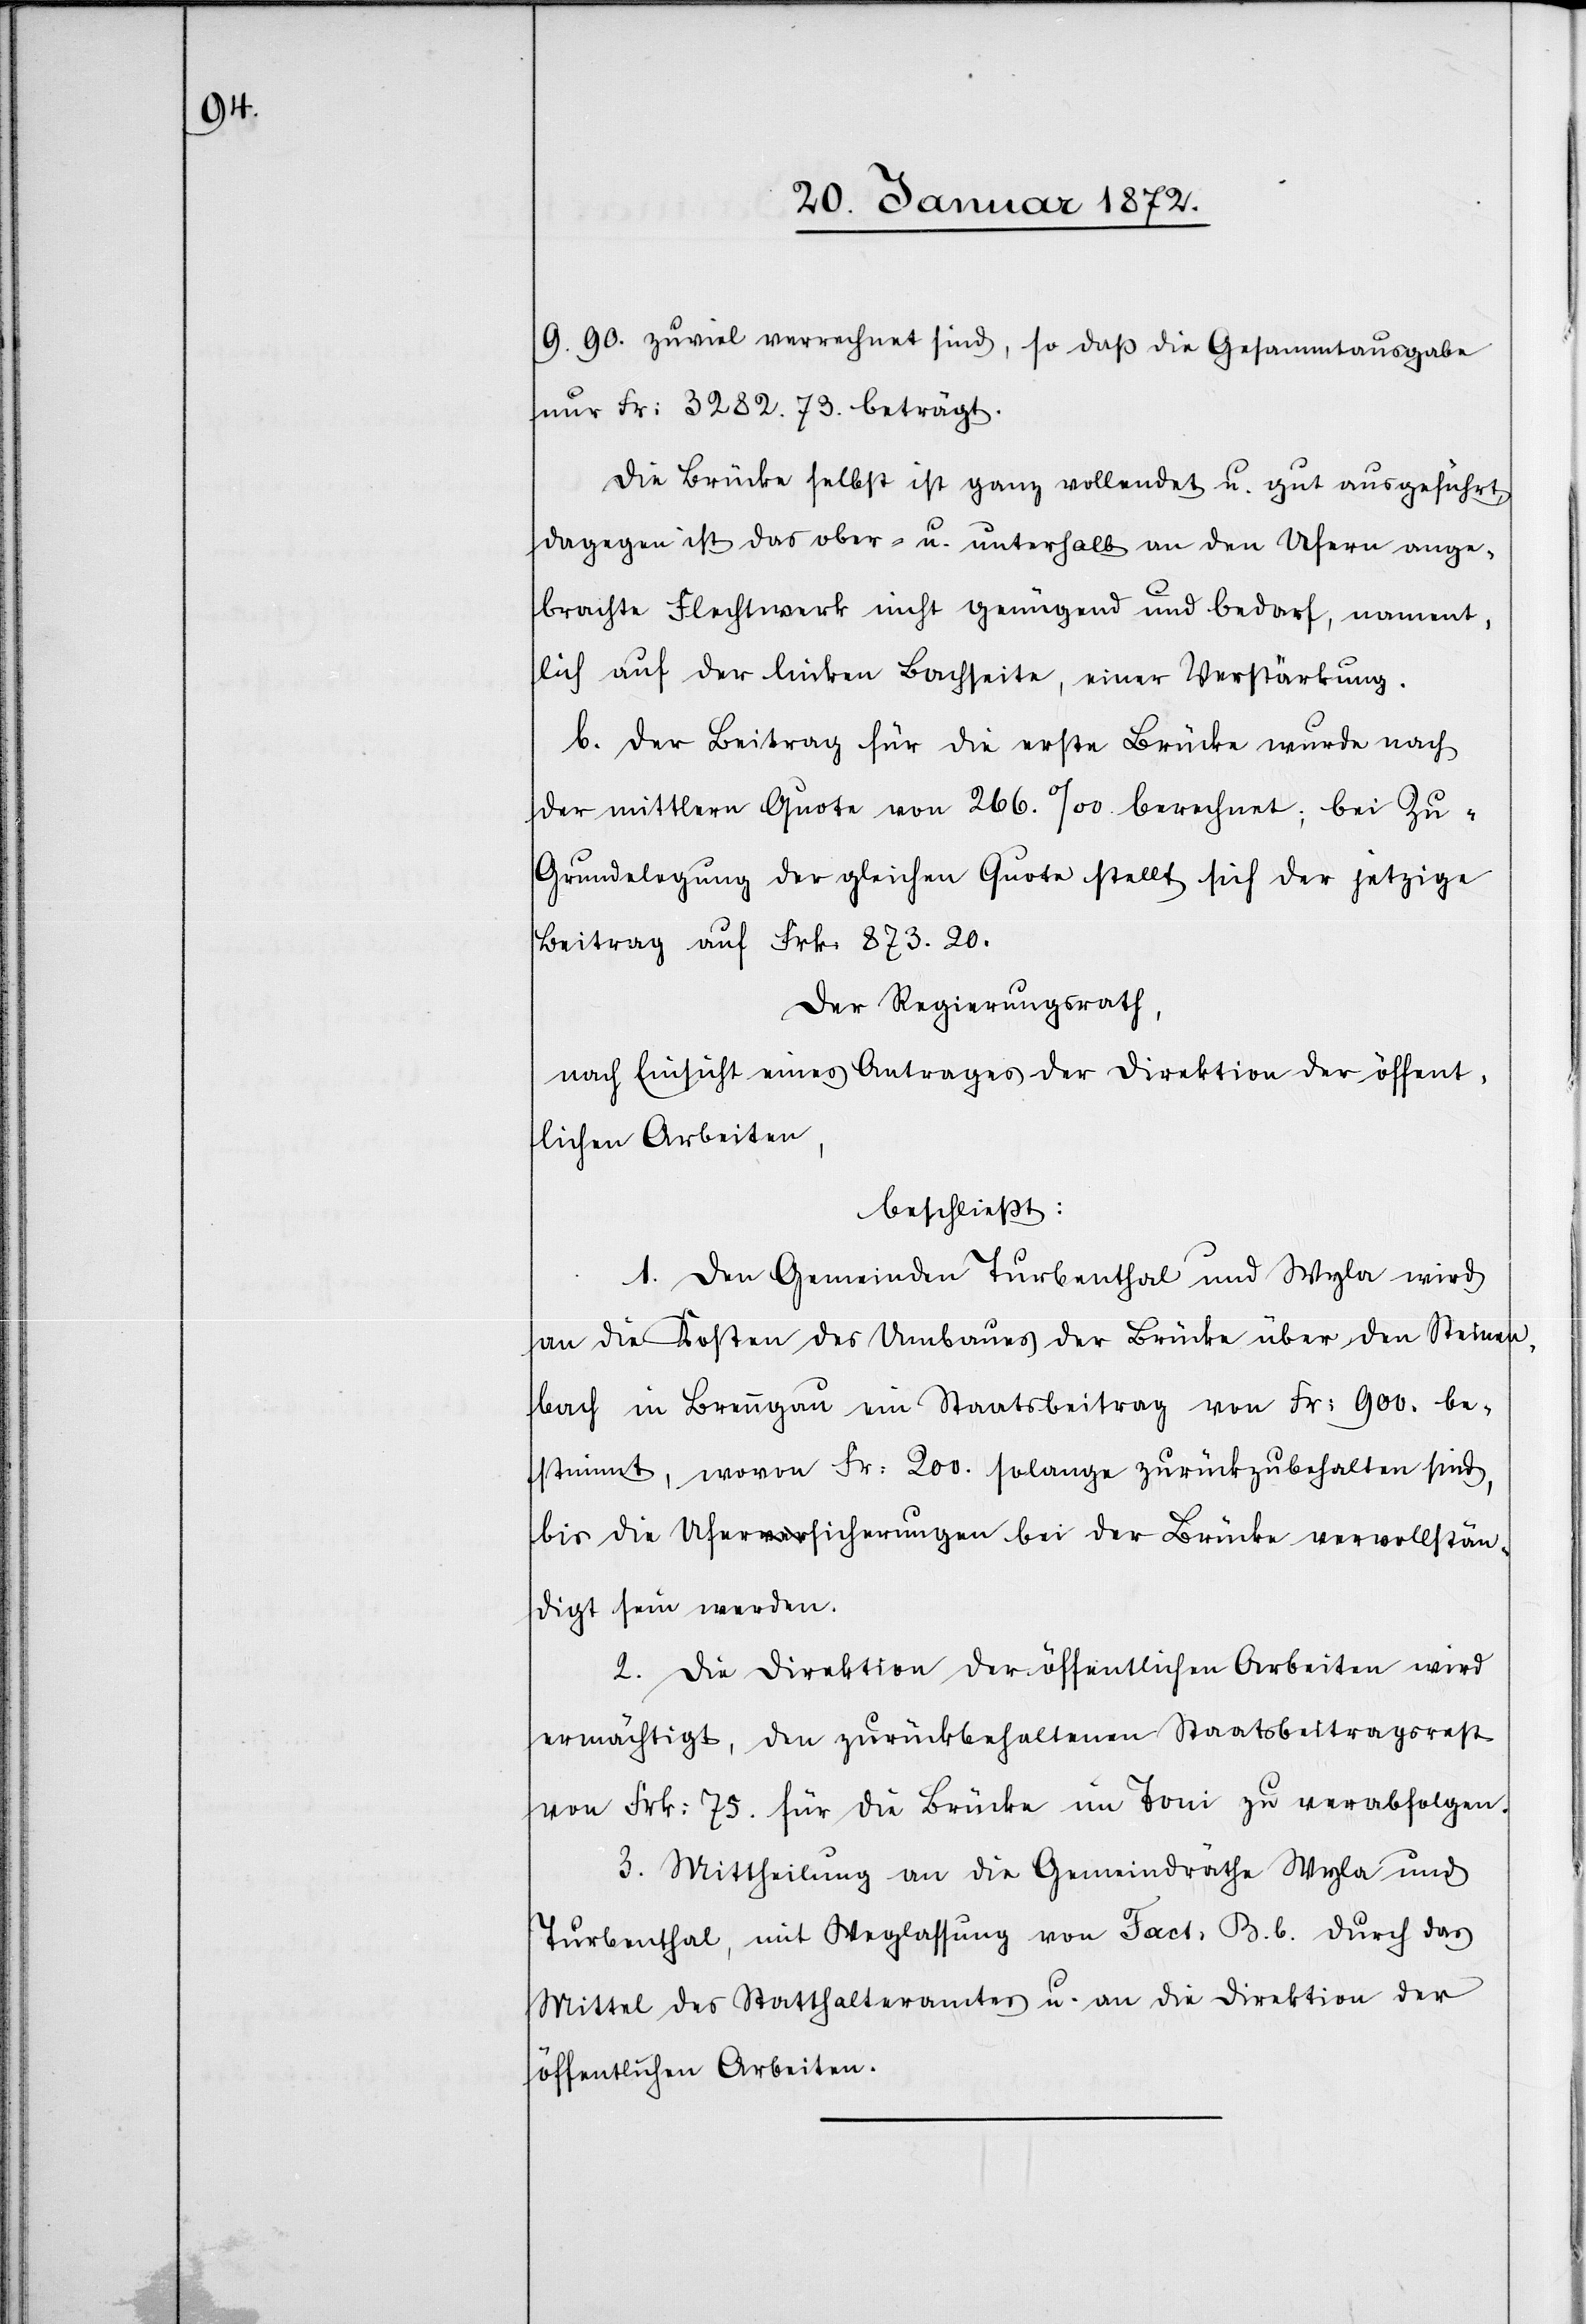
9.90. zuviel verrechnet sind, so daß die Gesammtausgabe
nur Fr: 3282.73. beträgt.
Die Brücke selbst ist ganz vollendet u. gut ausgeführt,
dagegen ist das ober- u. unterhalb an den Ufern ange¬
brachte Flechtwerk nicht genügend und bedarf, nament¬
lich auf der linken Bachseite, einer Verstärkung.
b. Der Beitrag für die erste Brücke wurde nach
der mittlern Quote von 266. ‰ berechnet; bei Zu¬
grundelegung der gleichen Quote stellt sich der jetzige
Beitrag auf Frk. 873.20.
Der Regierungsrath,
nach Einsicht eines Antrages der Direktion der öffent¬
lichen Arbeiten,
beschließt:
1. Den Gemeinden Turbenthal und Wyla wird
an die Kosten des Umbaues der Brücke über den Steinen¬
bach in Brenngau ein Staatsbeitrag von Fr: 900. be¬
stimmt, wovon Fr: 200. solange zurückzubehalten sind,
bis die Ufersicherungen bei der Brücke vervollstän¬
digt sein werden.
2. Die Direktion der öffentlichen Arbeiten wird
ermächtigt, den zurückbehaltenen Staatsbeitragsrest
von Frk: 75. für die Brücke im Toni zu verabfolgen.
3. Mittheilung an die Gemeindräthe Wyla und
Turbenthal, mit Weglassung von Fact. B. b. durch das
Mittel des Statthalteramtes u. an die Direktion der
öffentlichen Arbeiten.